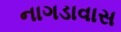
નાગડાવાસ